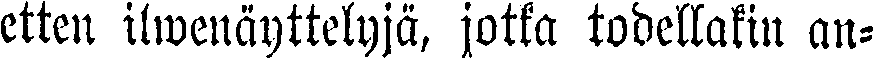
etten ilmenäyttelyjä, jotka todellakin an-